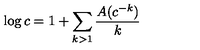
\log c = 1 + \sum _ { k > 1 } { \frac { A ( c ^ { - k } ) } { k } }